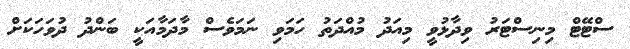
ސްޓޭޓް މިނިސްޓަރު ވިދާޅުވީ މިއަދު މުއްދަތު ހަމަވި ނަމަވެސް މާދަމާއަކީ ބަންދު ދުވަހަކަށް